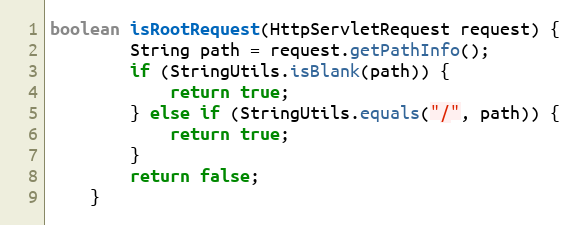
Language: Java
boolean isRootRequest(HttpServletRequest request) {
        String path = request.getPathInfo();
        if (StringUtils.isBlank(path)) {
            return true;
        } else if (StringUtils.equals("/", path)) {
            return true;
        }
        return false;
    }